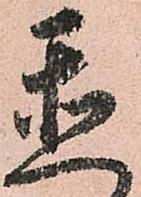
置